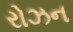
રોઝન